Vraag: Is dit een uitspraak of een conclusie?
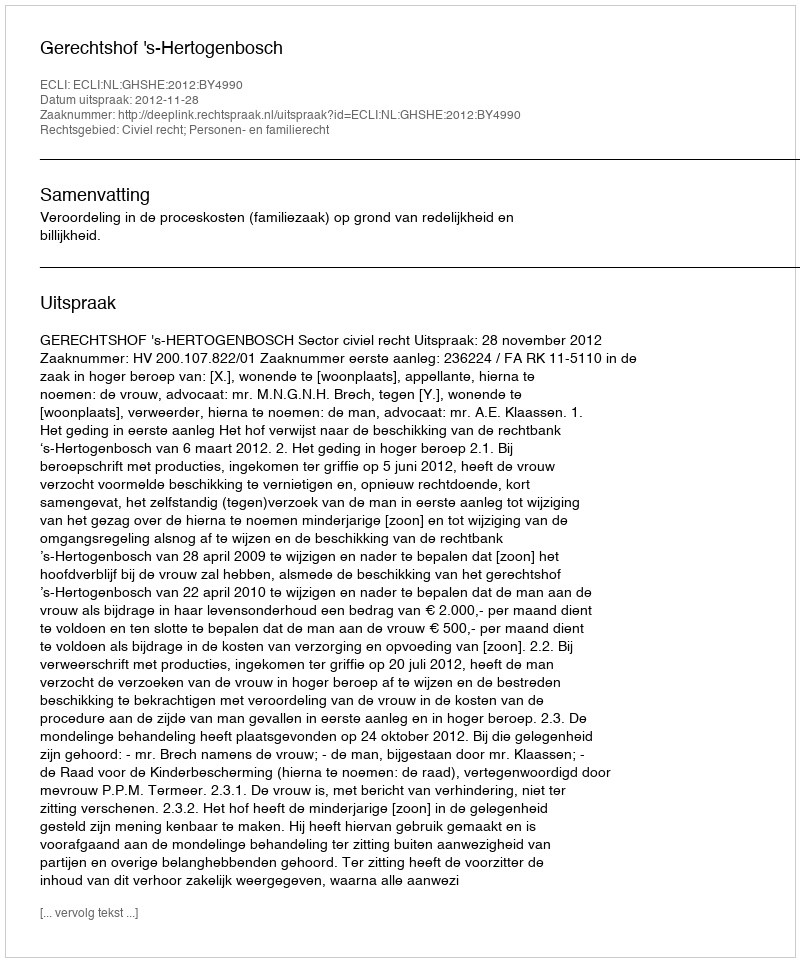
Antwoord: Uitspraak